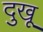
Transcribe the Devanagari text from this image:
दुखू